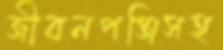
জীবনপঞ্জিসহ